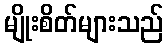
မျိုးစိတ်များသည်